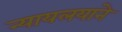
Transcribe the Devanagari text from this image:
न्यायलयाने